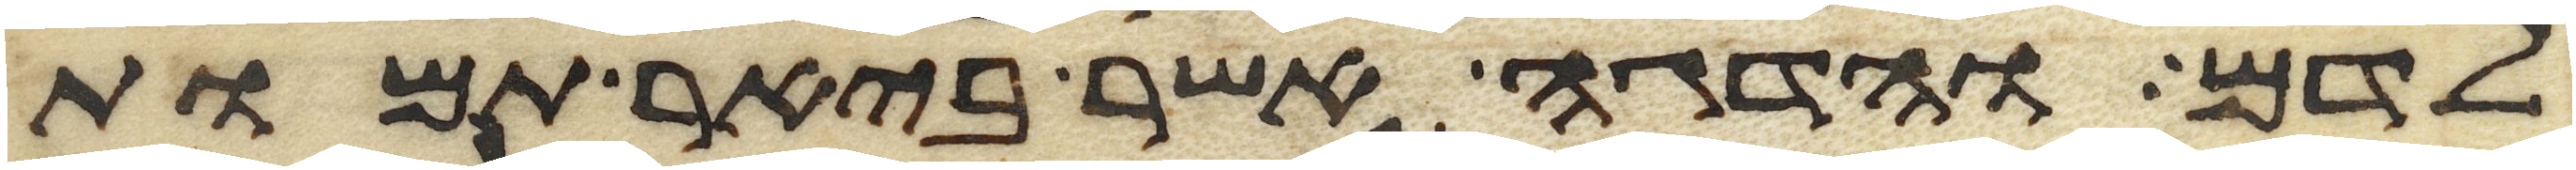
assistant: לדם והדגה אשר ביאר תמות